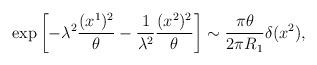
LaTeX: \begin{align*}\exp\left[-\lambda^2\frac{(x^1)^2}{\theta}-\frac{1}{\lambda^2}\frac{(x^2)^2}{\theta}\right]\sim\frac{\pi\theta}{2\pi R_1}\delta(x^2), \end{align*}